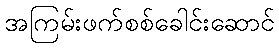
အကြမ်းဖက်စစ်ခေါင်းဆောင်